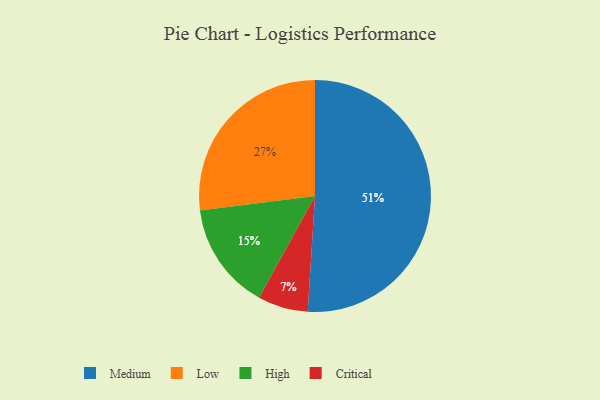
{"axis": {"x": "Category", "y": "Percentage"}, "legend": ["Critical", "High", "Low", "Medium"], "data": [{"x": "Medium", "y": 51, "type": "Medium"}, {"x": "High", "y": 15, "type": "High"}, {"x": "Low", "y": 27, "type": "Low"}, {"x": "Critical", "y": 7, "type": "Critical"}]}